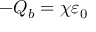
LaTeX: - Q _ { b } = \chi \varepsilon _ { 0 }